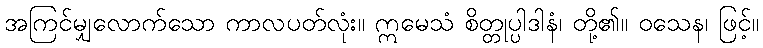
အကြင်မျှလောက်သော ကာလပတ်လုံး။ ဣမေသံ စိတ္တုပ္ပါဒါနံ၊ တို့၏။ ဝသေန၊ ဖြင့်။